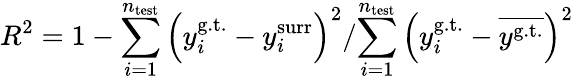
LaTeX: R^{2}=1-{\sum_{i=1}^{n_{\mathrm{test}}}\left(y_{i}^{\mathrm{g.t.}}-y_{i}^{\mathrm{surr}}\right)^{2}}/{\sum_{i=1}^{n_{\mathrm{test}}}\left(y_{i}^{\mathrm{g.t.}}-{\overline{{y^{\mathrm{g.t.}}}}}\right)^{2}}